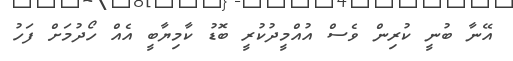
އޭނާ ބުނީ ކުރިން ވެސް އުއްމީދުކުރީ ބޮޑު ކާމިޔާބީ އެއް ހޯދުމަށް ފަހު